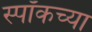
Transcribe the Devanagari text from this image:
स्पॉकच्या